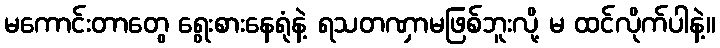
မကောင်းတာတွေ ရွေးစားနေရုံနဲ့ ရသတဏှာမဖြစ်ဘူးလို့ မ ထင်လိုက်ပါနဲ့။